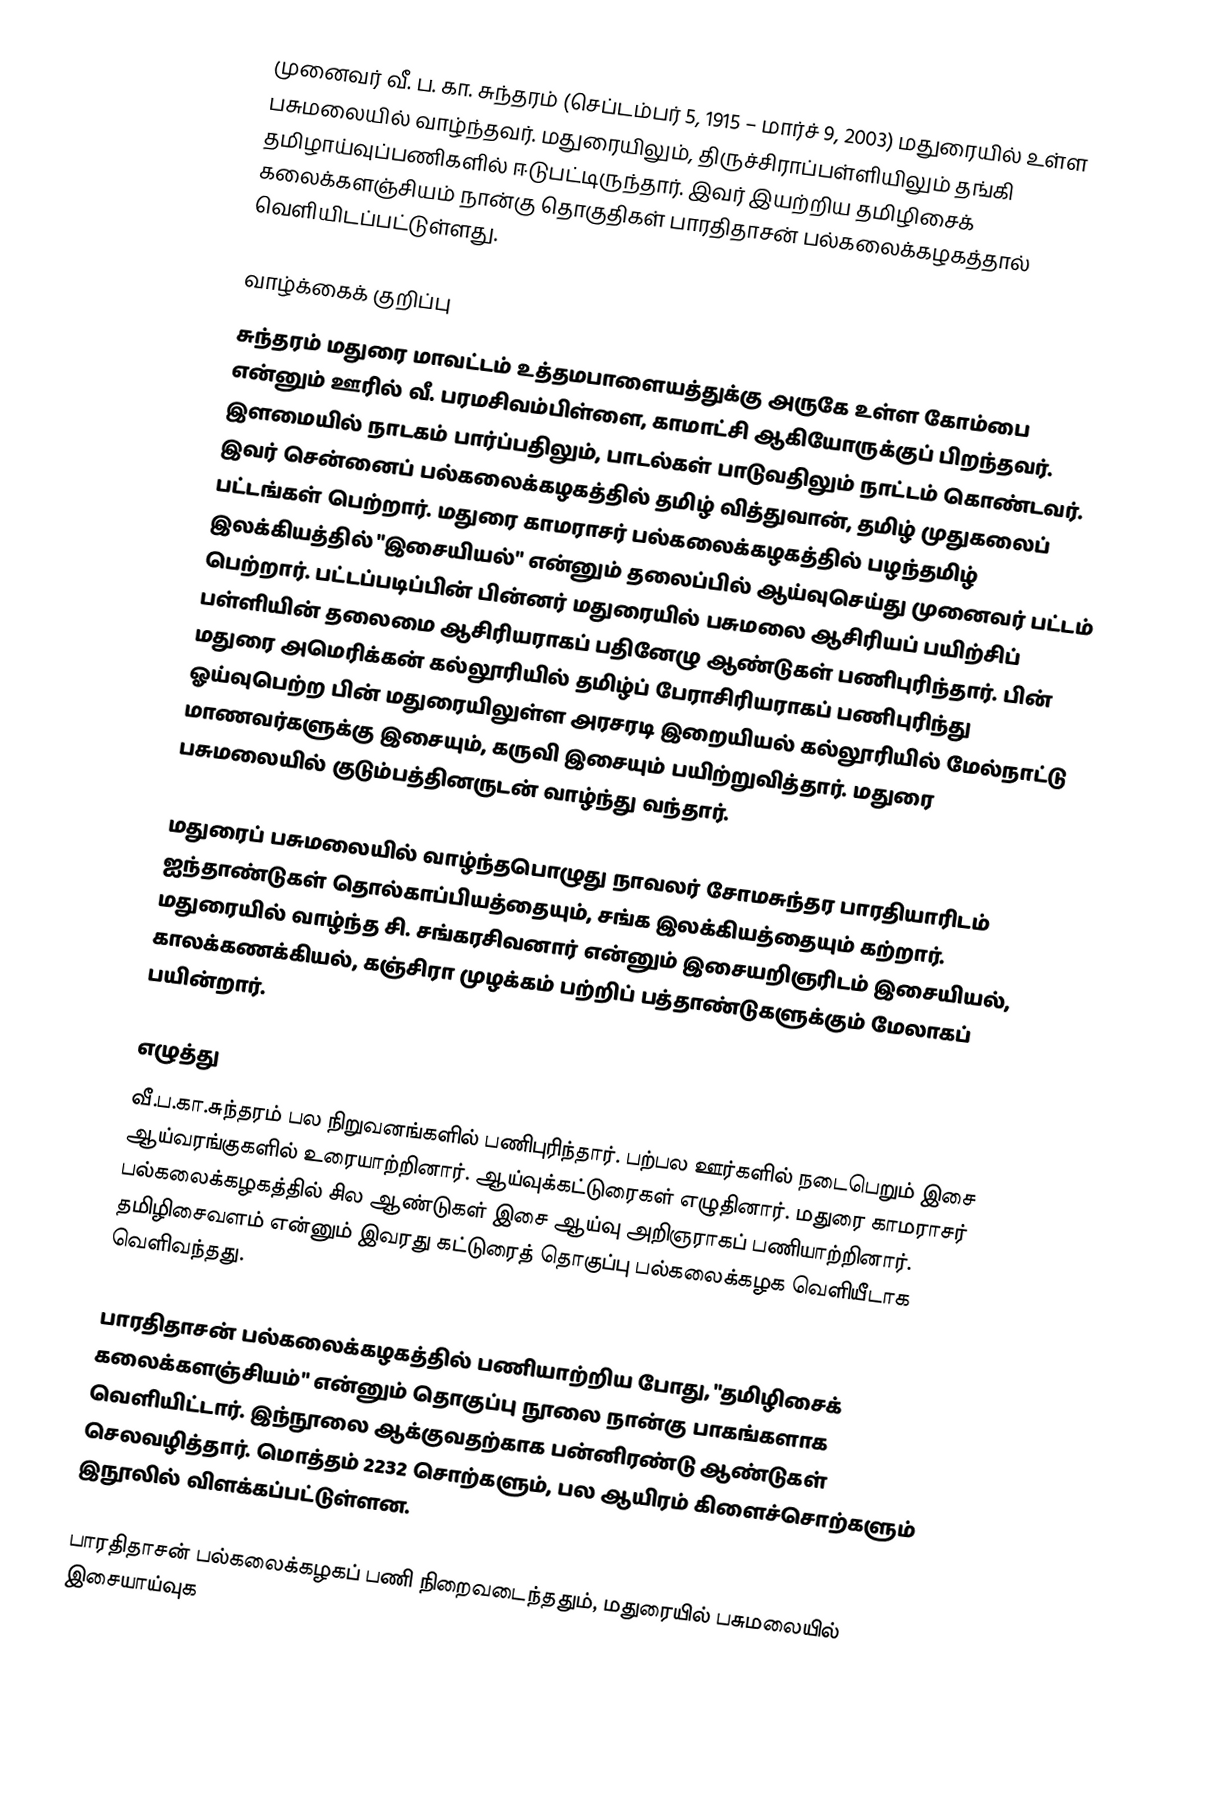
முனைவர் வீ. ப. கா. சுந்தரம் (செப்டம்பர் 5, 1915 – மார்ச் 9, 2003) மதுரையில் உள்ள பசுமலையில் வாழ்ந்தவர். மதுரையிலும், திருச்சிராப்பள்ளியிலும் தங்கி தமிழாய்வுப்பணிகளில் ஈடுபட்டிருந்தார். இவர் இயற்றிய தமிழிசைக் கலைக்களஞ்சியம் நான்கு தொகுதிகள் பாரதிதாசன் பல்கலைக்கழகத்தால் வெளியிடப்பட்டுள்ளது.

வாழ்க்கைக் குறிப்பு
சுந்தரம் மதுரை மாவட்டம் உத்தமபாளையத்துக்கு அருகே உள்ள கோம்பை என்னும் ஊரில் வீ. பரமசிவம்பிள்ளை, காமாட்சி ஆகியோருக்குப் பிறந்தவர். இளமையில் நாடகம் பார்ப்பதிலும், பாடல்கள் பாடுவதிலும் நாட்டம் கொண்டவர். இவர் சென்னைப் பல்கலைக்கழகத்தில் தமிழ் வித்துவான், தமிழ் முதுகலைப் பட்டங்கள் பெற்றார். மதுரை காமராசர் பல்கலைக்கழகத்தில் பழந்தமிழ் இலக்கியத்தில் "இசையியல்" என்னும் தலைப்பில் ஆய்வுசெய்து முனைவர் பட்டம் பெற்றார். பட்டப்படிப்பின் பின்னர் மதுரையில் பசுமலை ஆசிரியப் பயிற்சிப் பள்ளியின் தலைமை ஆசிரியராகப் பதினேழு ஆண்டுகள் பணிபுரிந்தார். பின் மதுரை அமெரிக்கன் கல்லூரியில் தமிழ்ப் பேராசிரியராகப் பணிபுரிந்து ஓய்வுபெற்ற பின் மதுரையிலுள்ள அரசரடி இறையியல் கல்லூரியில் மேல்நாட்டு மாணவர்களுக்கு இசையும், கருவி இசையும் பயிற்றுவித்தார். மதுரை பசுமலையில் குடும்பத்தினருடன் வாழ்ந்து வந்தார்.

மதுரைப் பசுமலையில் வாழ்ந்தபொழுது நாவலர் சோமசுந்தர பாரதியாரிடம் ஐந்தாண்டுகள் தொல்காப்பியத்தையும், சங்க இலக்கியத்தையும் கற்றார். மதுரையில் வாழ்ந்த சி. சங்கரசிவனார் என்னும் இசையறிஞரிடம் இசையியல், காலக்கணக்கியல், கஞ்சிரா முழக்கம் பற்றிப் பத்தாண்டுகளுக்கும் மேலாகப் பயின்றார்.

எழுத்து
வீ.ப.கா.சுந்தரம் பல நிறுவனங்களில் பணிபுரிந்தார். பற்பல ஊர்களில் நடைபெறும் இசை ஆய்வரங்குகளில் உரையாற்றினார். ஆய்வுக்கட்டுரைகள் எழுதினார். மதுரை காமராசர் பல்கலைக்கழகத்தில் சில ஆண்டுகள் இசை ஆய்வு அறிஞராகப் பணியாற்றினார். தமிழிசைவளம் என்னும் இவரது கட்டுரைத் தொகுப்பு பல்கலைக்கழக வெளியீடாக வெளிவந்தது.

பாரதிதாசன் பல்கலைக்கழகத்தில் பணியாற்றிய போது, "தமிழிசைக் கலைக்களஞ்சியம்" என்னும் தொகுப்பு நூலை நான்கு பாகங்களாக வெளியிட்டார். இந்நூலை ஆக்குவதற்காக பன்னிரண்டு ஆண்டுகள் செலவழித்தார். மொத்தம் 2232 சொற்களும், பல ஆயிரம் கிளைச்சொற்களும் இநூலில் விளக்கப்பட்டுள்ளன.

பாரதிதாசன் பல்கலைக்கழகப் பணி நிறைவடைந்ததும், மதுரையில் பசுமலையில் இசையாய்வுக